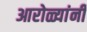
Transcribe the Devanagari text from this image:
आरोळ्यांनी